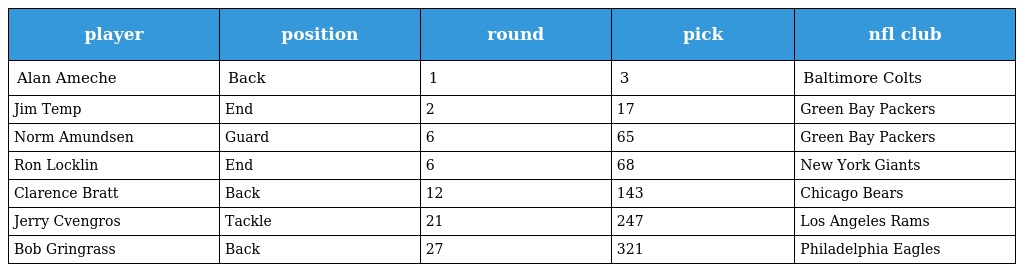
| player | position | round | pick | nfl club |
 | --- | --- | --- | --- | --- |
 | Alan Ameche | Back | 1 | 3 | Baltimore Colts |
 | Jim Temp | End | 2 | 17 | Green Bay Packers |
 | Norm Amundsen | Guard | 6 | 65 | Green Bay Packers |
 | Ron Locklin | End | 6 | 68 | New York Giants |
 | Clarence Bratt | Back | 12 | 143 | Chicago Bears |
 | Jerry Cvengros | Tackle | 21 | 247 | Los Angeles Rams |
 | Bob Gringrass | Back | 27 | 321 | Philadelphia Eagles |